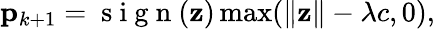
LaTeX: \mathbf{p}_{k+1}=\mathrm{~s~i~g~n~}(\mathbf{z})\operatorname*{max}(\| \mathbf{z}\| -\lambda c,0),